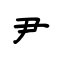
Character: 尹